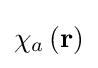
\chi _{a}\left(\mathbf {r} \right)